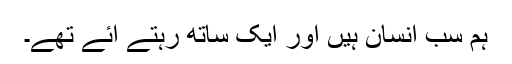
ہم سب انسان ہیں اور ایک ساتھ رہتے آئے تھے۔